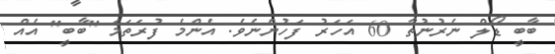
ބާބީ ޑޯލް ނެރުނުތާ 60 އަހަރު ފަހުންނެވެ. އެންމެ ފުރަތަމަ "ބާބީ" އެއް